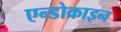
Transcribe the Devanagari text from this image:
एन्डोक्राइन